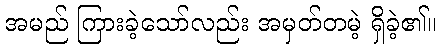
အမည် ကြားခဲ့သော်လည်း အမှတ်တမဲ့ ရှိခဲ့၏။